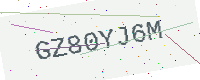
Text: GZ80YJ6M